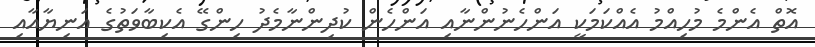
އޮތް އެންމެ މުހިއްމު އެއްކަމަކީ އަންހެނުންނާއި އަންހެން ކުދިންނާމެދު ހިންގޭ އެކިބާވަތުގެ އަނިޔާއާއި